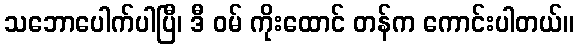
သဘောပေါက်ပါပြီ၊ ဒီ ဝမ် ကိုးထောင် တန်က ကောင်းပါတယ်။